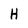
Character: H